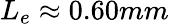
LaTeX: L_{e}\approx 0.60mm